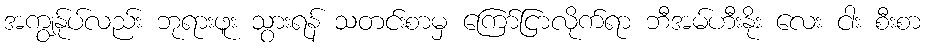
အကျွန်ုပ်လည်း ဘုရားဖူး သွားရန် သတင်းစာမှ ကြော်ငြာလိုက်ရာ ဘီအမ်ဟီးနိုး လေး ငါး စီးစာ